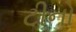
ટીનો